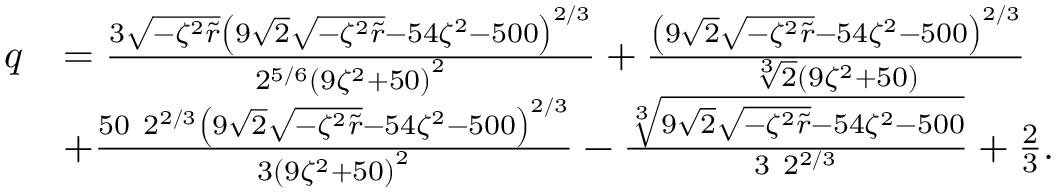
\begin{array} { r l } { q } & { = \frac { 3 \sqrt { - \zeta ^ { 2 } \tilde { r } } \left( 9 \sqrt { 2 } \sqrt { - \zeta ^ { 2 } \tilde { r } } - 5 4 \zeta ^ { 2 } - 5 0 0 \right) ^ { 2 / 3 } } { 2 ^ { 5 / 6 } \left( 9 \zeta ^ { 2 } + 5 0 \right) ^ { 2 } } + \frac { \left( 9 \sqrt { 2 } \sqrt { - \zeta ^ { 2 } \tilde { r } } - 5 4 \zeta ^ { 2 } - 5 0 0 \right) ^ { 2 / 3 } } { \sqrt [ 3 ] { 2 } \left( 9 \zeta ^ { 2 } + 5 0 \right) } } \\ & { + \frac { 5 0 \ 2 ^ { 2 / 3 } \left( 9 \sqrt { 2 } \sqrt { - \zeta ^ { 2 } \tilde { r } } - 5 4 \zeta ^ { 2 } - 5 0 0 \right) ^ { 2 / 3 } } { 3 \left( 9 \zeta ^ { 2 } + 5 0 \right) ^ { 2 } } - \frac { \sqrt [ 3 ] { 9 \sqrt { 2 } \sqrt { - \zeta ^ { 2 } \tilde { r } } - 5 4 \zeta ^ { 2 } - 5 0 0 } } { 3 \ 2 ^ { 2 / 3 } } + \frac { 2 } { 3 } . } \end{array}